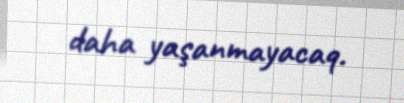
daha yaşanmayacaq.